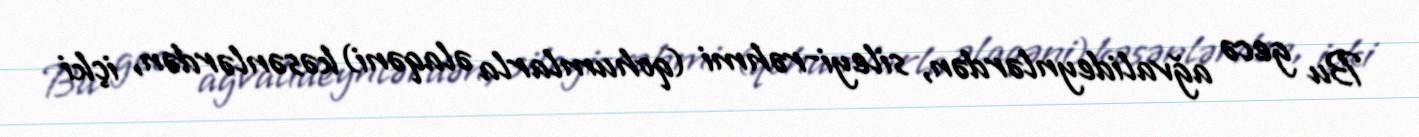
Bu gecə ağvalideynlərdən, sileyi-rəhmi (qohumlarla əlaqəni) kəsənlərdən, içki